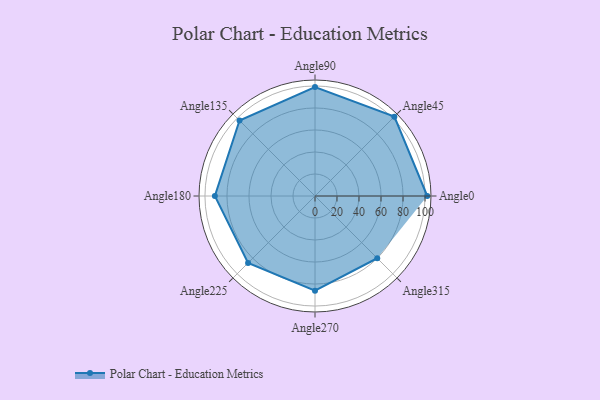
{"axis": {"x": "Angle", "y": "Radius"}, "legend": [""], "data": [{"x": "Angle0", "y": 102.0, "type": ""}, {"x": "Angle45", "y": 102.0, "type": ""}, {"x": "Angle90", "y": 99.0, "type": ""}, {"x": "Angle135", "y": 97.0, "type": ""}, {"x": "Angle180", "y": 91.0, "type": ""}, {"x": "Angle225", "y": 86.0, "type": ""}, {"x": "Angle270", "y": 86.0, "type": ""}, {"x": "Angle315", "y": 80.0, "type": ""}]}